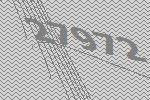
27972